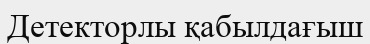
Детекторлы қабылдағыш